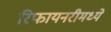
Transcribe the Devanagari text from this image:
रिफायनरीमध्ये